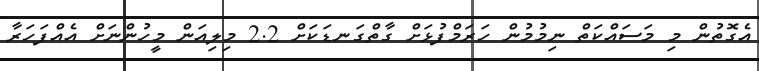
އެގޮތުން މި މަސައްކަތް ނިމުމުން ހަރަމްފުޅަށް ގާތްގަނޑަކަށް 2.2 މިލިއަން މީހުންނަށް އެއްފަހަރާ